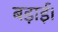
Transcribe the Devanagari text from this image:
बड़ाई।